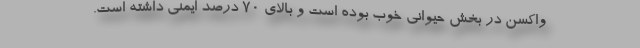
واکسن در بخش حیوانی خوب بوده است و بالای ۷۰ درصد ایمنی داشته است.